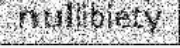
nullibiety